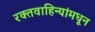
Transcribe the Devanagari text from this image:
रक्तवाहिन्यांमधून